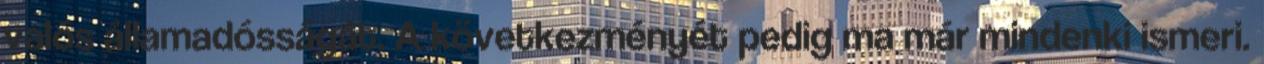
valós államadósságát. A következményét pedig ma már mindenki ismeri.